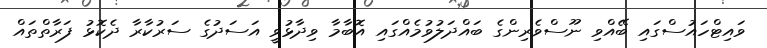
ވައިޓްހައުސްގައި ބޭއްވި ނޫސްވެރިންގެ ބައްދަލުވުމެއްގައި އޮބާމާ ވިދާޅުވީ އަސަދުގެ ސަރުކާރާ ދެކޮޅު ފަރާތްތައް